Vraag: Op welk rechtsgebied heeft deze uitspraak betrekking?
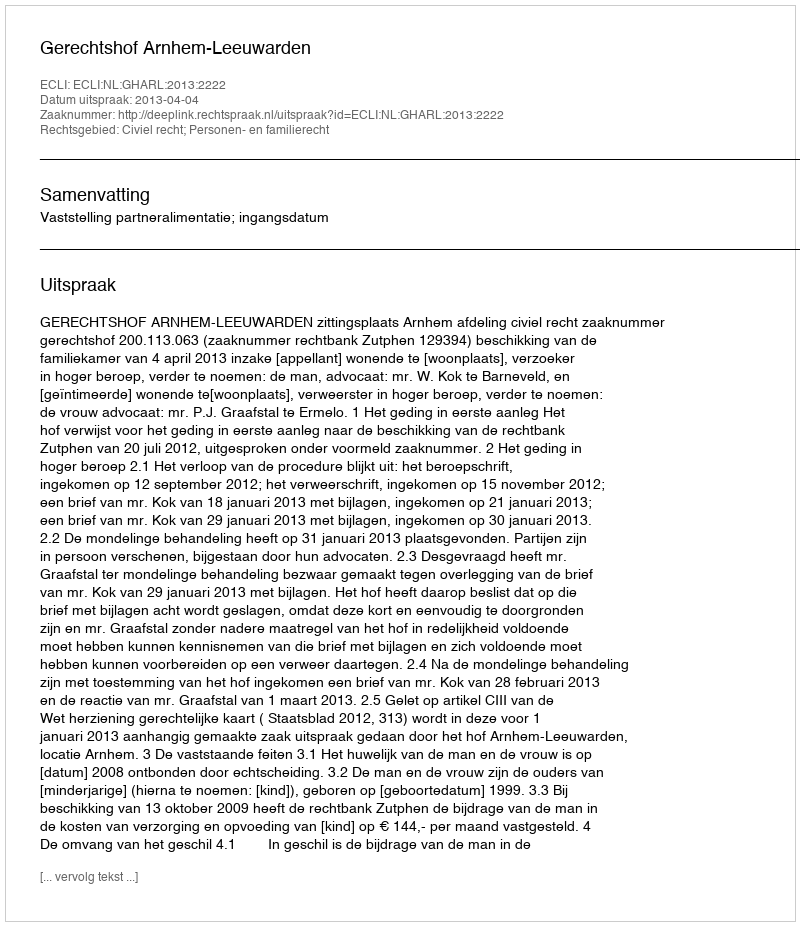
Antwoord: Civiel recht; Personen- en familierecht